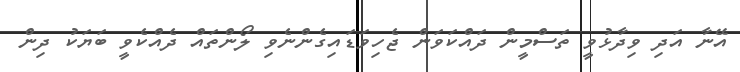
އޭނާ އަދި ވިދާޅުވީ ތަސްމީން ދައްކަވަން ޖެހިވަޑައިގެންނެވި ލޯންތައް ދެއްކެވީ ބަޔަކު ދިން